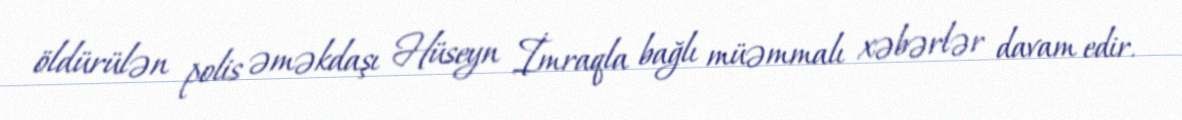
öldürülən polis əməkdaşı Hüseyn İmraqla bağlı müəmmalı xəbərlər davam edir.